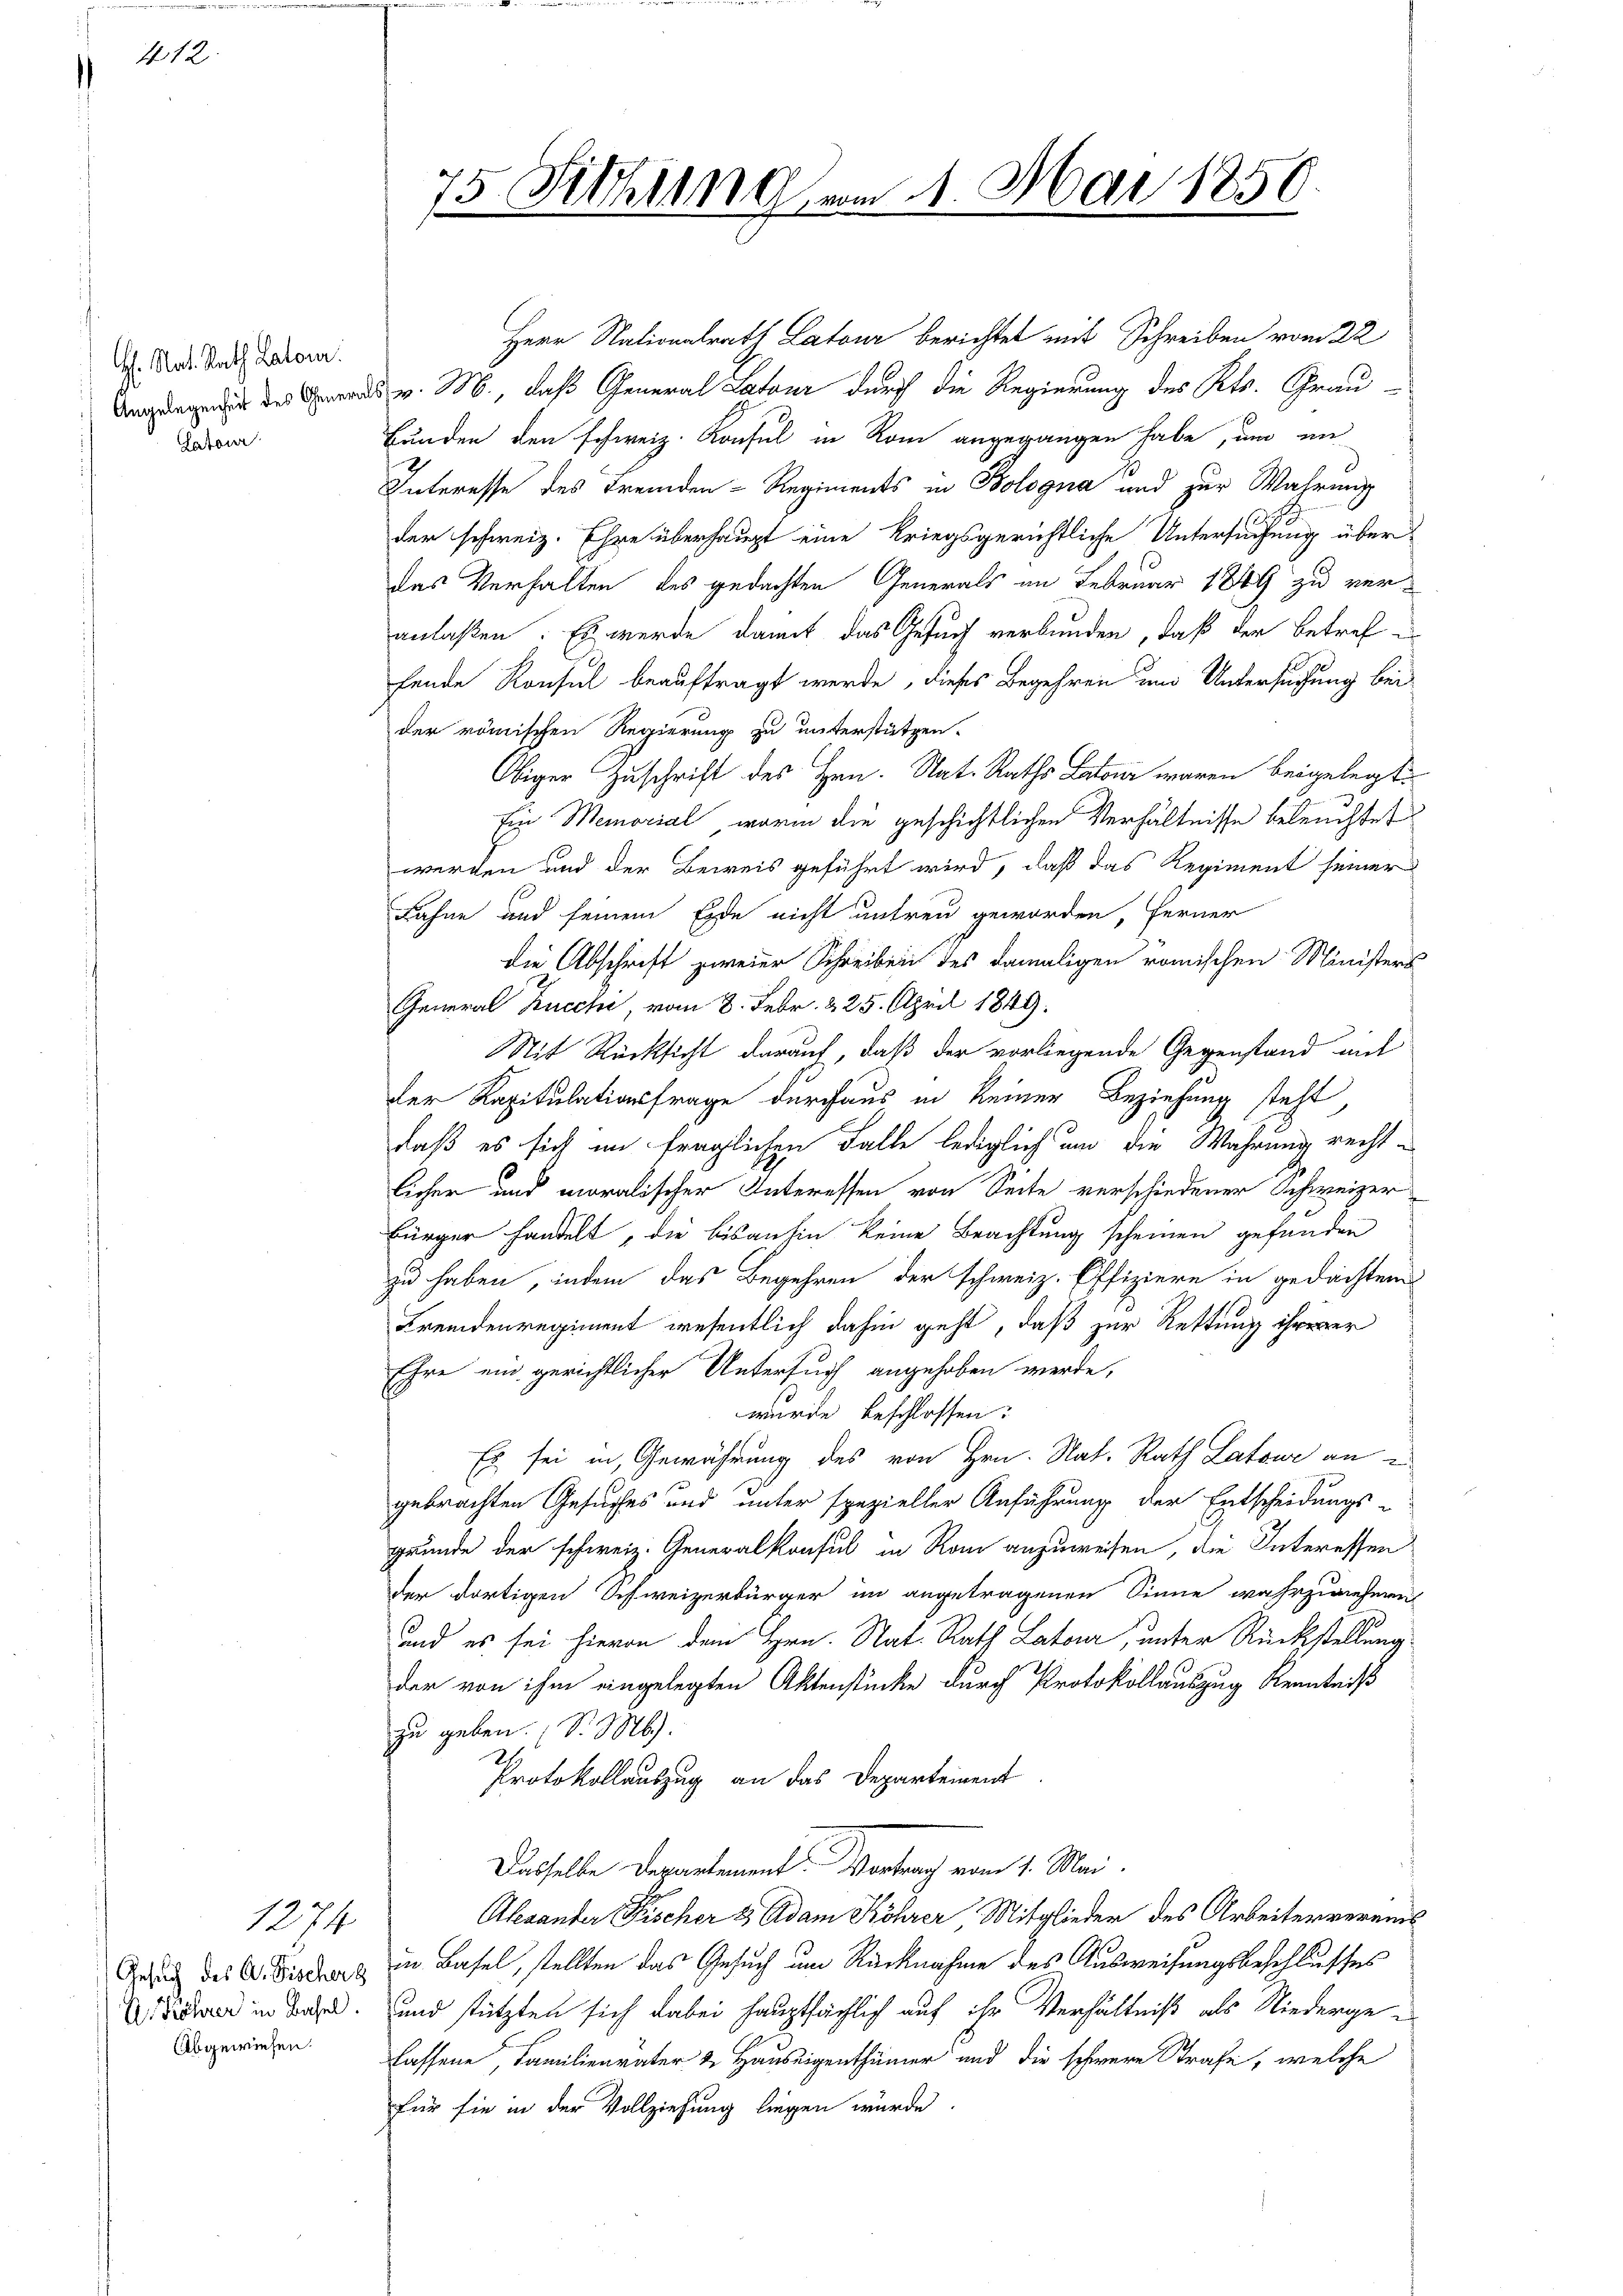
412.

H. Nat. Rath Latour
Angelegenheit des General
Catoir

1274.
E. Röhrer in Basel.
Abgewiesen.

75 Sitzung

24. Mai 1850.

Herr Nationalrath Latour berichtet mit Schreiben vom 22
v. M., daß General Latour durch die Regierung des Kts. Grau-
Bunden den schweiz. Konsul in Rom angegangen habe, um aus
Interesse des Fremden-Regiments in Bologna und zur Wahrung
der schweiz. Ehre überhaupt eine kriegsgerichtliche Untersuchung über-
das Verhalten des gedachten Generals im Februar 1849 zu veranlaßen. Es werde damit das Gesuch verbunden, daß der betref
fende Konsul beauftragt werde, dieses Begehren und Untersuchung bei
der römischen Regierung zu unterstützen.
Obiger Zuschrift des Hrn. Nat. Raths Laton waren beigelegt
Ein Memorial, worin die geschichtlichen Verhältnisse beleuchtet
werden und der Beweis geführt wird, daß das Regiment seiner
Lahne und seinem Erde nicht untreu geworden, ferner
die Abschrift zweier Schreiben des damaligen römischen Ministers
General Kucchi, vom 8. Febr. 225. April 1849.
Mit Rücksicht darauf, daß der vorliegende Gegenstand mit
der Kapitulationsfrage durchaus in keiner Beziehung steht,
daß es sich im fraglichen Falle lediglich um die Wahrung rechtlicher und moralischer Interessen von Seite verschiedener Schweizer
Bürger handelt, die bisanhin keine Beachtung scheinen gefunden
zu haben, indem das Begehren der schweiz. Effiziere in gedachten
Fremdenregiment wesentlich dahin geht, daß zur Rettung ihrerer
Ehre ein gerichtlicher Untersuch angehoben werde,
wurde beschlossen:
Es sei in Gewährung des von Hrn. Nat. Rath Latone an
gebrachten Gesuches und unter spezieller Anführung der Entscheidungs-
grunde der schweiz. Generalkonsul in Rom anzuweisen, die Interessen
der dortigen Schweizerbürger im angetragenen Sinne wahrzunehern
und es sei hievon dem Hrn. Nat. Rath Lateur, unter Rückstellung
der von ihm eingelegten Aktenstücke durch Protokollauszug Kenntniß
zu geben. (S. M.
D
Protokollauszug an das Departement
Dasselbe Departement. Vortrag vom 1. Mai.
Alsanter Fischer & Adam Röhrer Mitglieder des Arbeitervereit
Gesuch des A. Sieder in Basel, stellten das Gesuch um Rücknahme des Ausweisungsbeschlusses
und stützten sich dabei hauptsächlich auf ihr Verhältniß als Niedergelassene, Familienvater & Hauseigenthümer und die schwere Strafe, welche
für sie in der Vollziehung liegen würde.